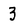
Character: 3